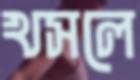
খসলে